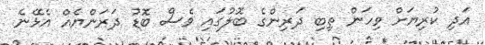
އަދި ކުރިޔަށް ވިހަން ތިބި ދަރިންގެ ބޮލުގައި ވެސް ބޮޑު ދަރަންޔެއް އެޅޭނެ